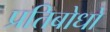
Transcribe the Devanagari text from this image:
प्रतिबोधों